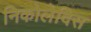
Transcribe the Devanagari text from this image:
निकोलेदिस